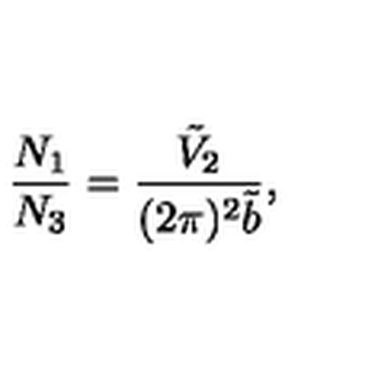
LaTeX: \frac { N _ { 1 } } { N _ { 3 } } = \frac { \tilde { V } _ { 2 } } { ( 2 \pi ) ^ { 2 } \tilde { b } } ,